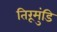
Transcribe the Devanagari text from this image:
तिरूमुंडि